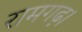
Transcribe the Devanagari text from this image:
रामगढ़।